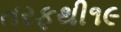
તરફથી૧૯